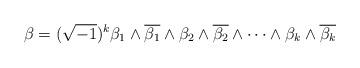
LaTeX: \begin{align*}\beta = (\sqrt{-1})^{k} \beta_1\wedge\overline{\beta_{1}} \wedge \beta_2\wedge\overline{\beta_{2}}\wedge \dots \wedge\beta_k\wedge\overline{\beta_{k}}\end{align*}